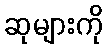
ဆုများကို